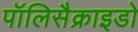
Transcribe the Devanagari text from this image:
पॉलिसैक्राइडो